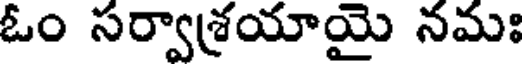
ఓం సర్వాశ్రయాయై నమః